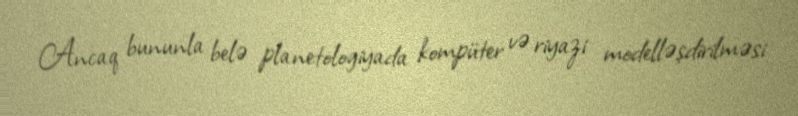
Ancaq bununla belə planetologiyada kompüter və riyazi modelləşdirilməsi